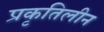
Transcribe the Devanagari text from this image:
प्रकृतिलीन